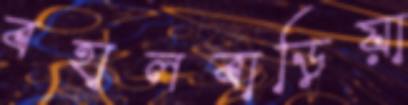
বহালবাড়িয়া